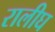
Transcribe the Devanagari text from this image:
रालीघ